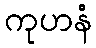
ကုဟနံ